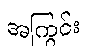
အကြွင်း